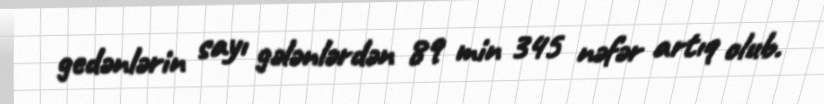
gedənlərin sayı gələnlərdən 89 min 345 nəfər artıq olub.